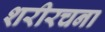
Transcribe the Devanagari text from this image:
शरीरचना